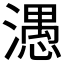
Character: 𰝖